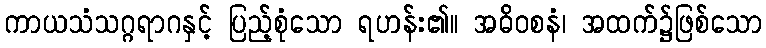
ကာယသံသဂ္ဂရာဂနှင့် ပြည့်စုံသော ရဟန်း၏။ အဓိဝစနံ၊ အထက်၌ဖြစ်သော